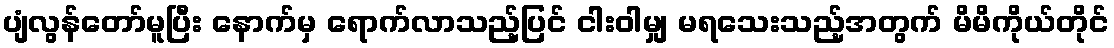
ပျံလွန်တော်မူပြီး နောက်မှ ရောက်လာသည့်ပြင် ငါးဝါမျှ မရသေးသည့်အတွက် မိမိကိုယ်တိုင်